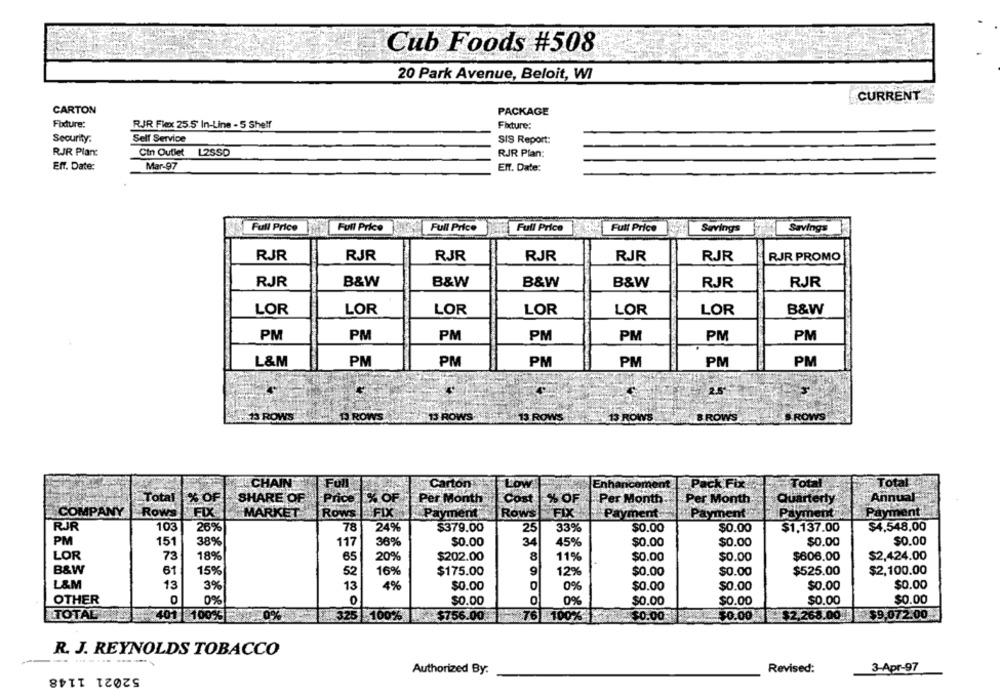
Cub Foods #508
20 Park Avenue, Beloit, WI
CURRENT
CARTON
PACKAGE
Foxdure:
RJR Flex 25.5 In-Line - 5 Shelf
Fixture:
Security.
Self Service
SIS Report:
RJR Planc
Cin Outlet 12SSD
RJR Plan:
Eff. Date:
Mar-97
Elf. Date:
Full Price
Full Price
Full Price
Full Price
Full Price
Savings
Savings
RJR
RJR
RJR
RJR
RJR
RJR
RJR PROMO
RJR
B&W
B&W
B&W
B&W
RJR
RJR
LOR
LOR
LOR
LOR
LOR
LOR
B&W
PM
PM
PM
PM
PM
PM
PM
L&M
PM
PM
PM
PM
PM
PM
2.5'
13 ROWS
13 ROWS
13 ROWS
13 ROWS
BROWS
S ROWS
ROWS
CHAIN
Full
Carton
LOW
Enhancement
Pack Fix
Total
Total
% OF
SHARE OF
Price % OF
Per Month
Cost
% OF
.Per Month:
Per Month
Quarterly
Annual
COMPANY
Rows
FIX
MARKET
Rows
FIX
Payment
Rows
FIX
Payment
Payment
Payment
Payment
RJR
103
26%
78
24%
$379.00
25
33%
$0.00
$0.00
$1,137.00
$4,548.00
PM
151
38%
117
36%
$0.00
34
45%
$0.00
$0.00
$0.00
$0.00
LOR
73
18%
65
20%
$202.00
8
11%
$0.00
$0.00
$606.00
$2,424.00
B&W
61
15%
16%
$175.00
9
12%
$0.00
$0.00
$525.00
$2,100.00
52
L&M
13
3%
4%
$0.00
$0.00
$0.00
$0.00
$0.00
13
OTHER
0
0%
$0.00
0
0%
$0.00
$0.00
$0.00
$0.00
TOTAL
401 100%
325 100%
$756.00
$76
100%
$0.00
$0.00
$2,268.00.
$9.
72.00
R. J. REYNOLDS TOBACCO
52021 1148
Revised:
3-Apr-97
Authorized By.